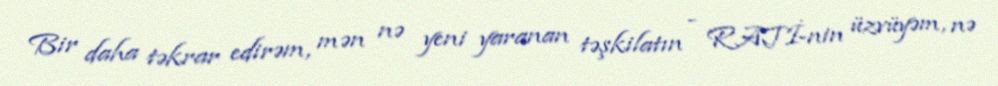
Bir daha təkrar edirəm, mən nə yeni yaranan təşkilatın - RATİ-nin üzvüyəm, nə